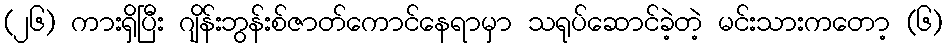
(၂၆) ကားရှိပြီး ဂျိန်းဘွန်းစ်ဇာတ်ကောင်နေရာမှာ သရုပ်ဆောင်ခဲ့တဲ့ မင်းသားကတော့ (၆)